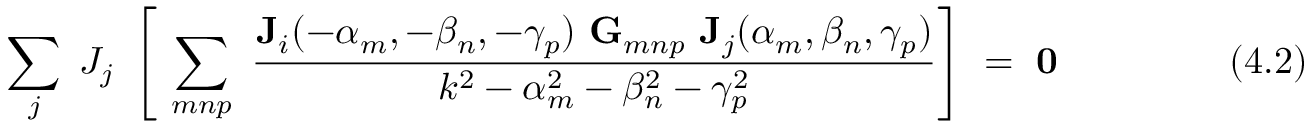
~ \sum _ { j } ~ J _ { j } ~ \left[ ~ \sum _ { m n p } ~ { \frac { \mathbf { J } _ { i } ( - \alpha _ { m } , - \beta _ { n } , - \gamma _ { p } ) ~ \mathbf { G } _ { m n p } ~ \mathbf { J } _ { j } ( \alpha _ { m } , \beta _ { n } , \gamma _ { p } ) } { k ^ { 2 } - \alpha _ { m } ^ { 2 } - \beta _ { n } ^ { 2 } - \gamma _ { p } ^ { 2 } } } \right] ~ = ~ \mathbf { 0 } ~ ~ ~ ~ ~ ~ ~ ~ ~ ~ ~ ~ ~ ~ ~ ( 4 . 2 )